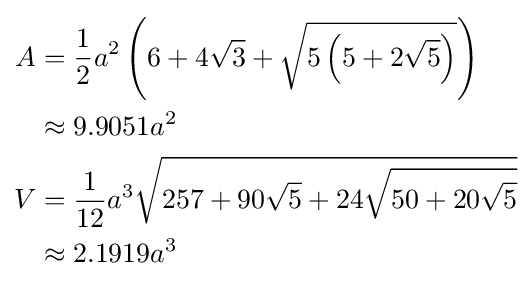
{\begin{aligned}A&={\frac {1}{2}}a^{2}\left(6+4{\sqrt {3}}+{\sqrt {5\left(5+2{\sqrt {5}}\right)}}\right)\\&\approx 9.9051a^{2}\\V&={\frac {1}{12}}a^{3}{\sqrt {257+90{\sqrt {5}}+24{\sqrt {50+20{\sqrt {5}}}}}}\\&\approx 2.1919a^{3}\end{aligned}}